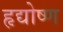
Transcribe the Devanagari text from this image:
हृद्योष्ण